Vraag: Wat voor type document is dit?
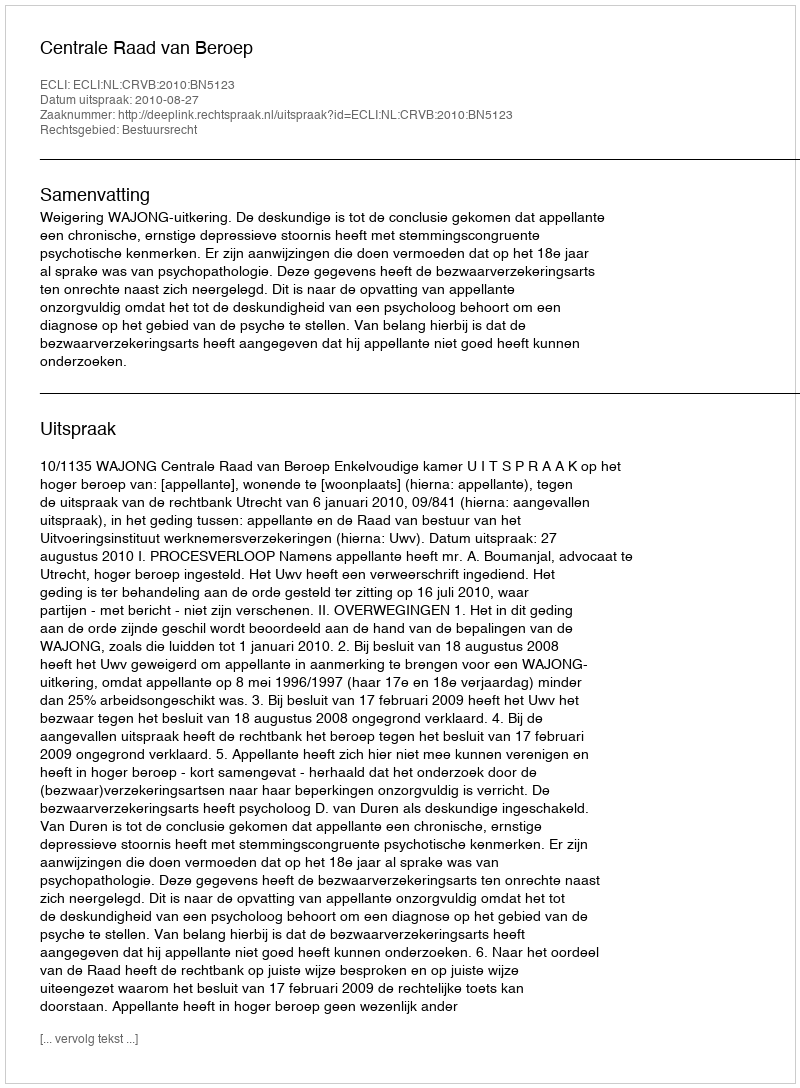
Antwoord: Uitspraak